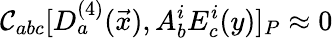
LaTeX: {\cal C}_{abc}[D_{a}^{(4)}(\vec{x}),A_{b}^{i}E_{c}^{i}(y)]_{P}\approx 0